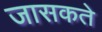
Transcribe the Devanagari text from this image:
जासकते